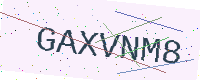
Text: GAXVNM8